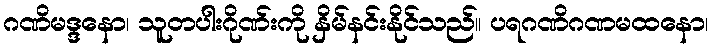
ဂဏိမဒ္ဒနော၊ သူတပါးဂိုဏ်းကို နှိမ်နင်းနိုင်သည်။ ပရဂဏိဂဏမထနော၊